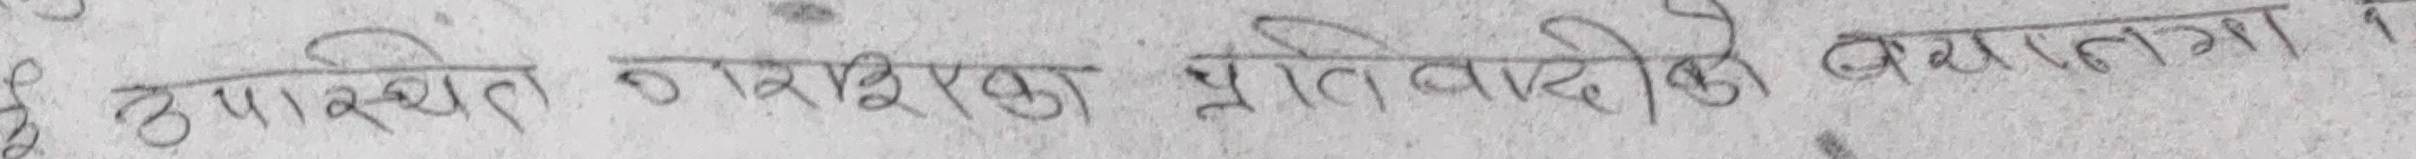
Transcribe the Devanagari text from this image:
उपस्थित नागरिकका प्रतीवादीको बयानलगा